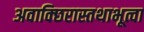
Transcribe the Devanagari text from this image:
अवाक्छिरास्तथाभूत्वा